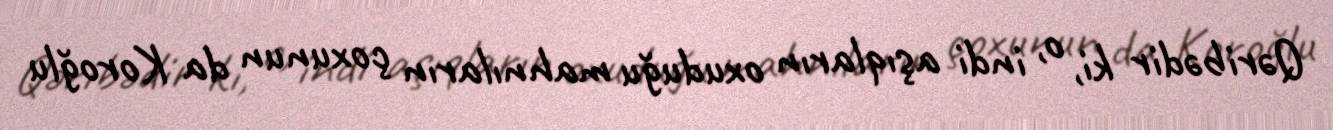
Qəribədir ki, o, indi aşıqların oxuduğu mahnıların çoxunun da Koroğlu